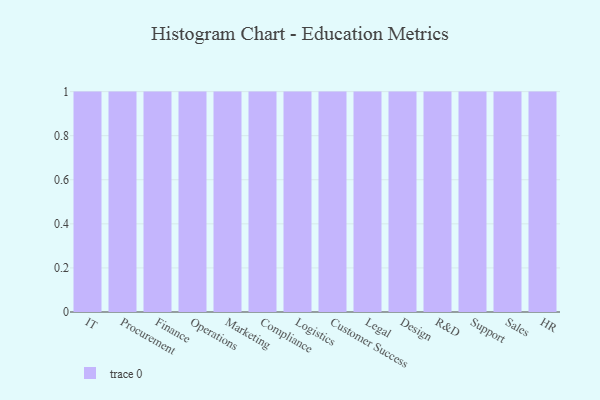
{"axis": {"x": "Department", "y": "Production Output"}, "legend": [""], "data": [{"x": "IT", "y": 14, "type": ""}, {"x": "Procurement", "y": 60, "type": ""}, {"x": "Finance", "y": 32, "type": ""}, {"x": "Operations", "y": 63, "type": ""}, {"x": "Marketing", "y": 46, "type": ""}, {"x": "Compliance", "y": 51, "type": ""}, {"x": "Logistics", "y": 36, "type": ""}, {"x": "Customer Success", "y": 1, "type": ""}, {"x": "Legal", "y": 50, "type": ""}, {"x": "Design", "y": 67, "type": ""}, {"x": "R&D", "y": 17, "type": ""}, {"x": "Support", "y": 5, "type": ""}, {"x": "Sales", "y": 93, "type": ""}, {"x": "HR", "y": 46, "type": ""}]}